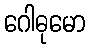
ဂေါဓုမော